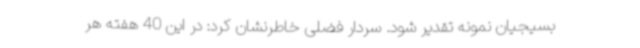
بسیجیان نمونه تقدیر شود. سردار فضلی خاطرنشان کرد: در این 40 هفته هر